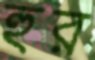
হুর